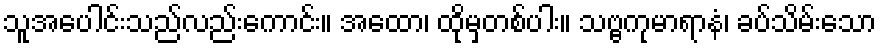
သူအပေါင်းသည်လည်းကောင်း။ အထော၊ ထိုမှတစ်ပါး။ သဗ္ဗကုမာရာနံ၊ ခပ်သိမ်းသော